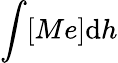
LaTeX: \int[Me]\mathrm{d}h